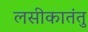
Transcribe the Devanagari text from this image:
लसीकातंतु